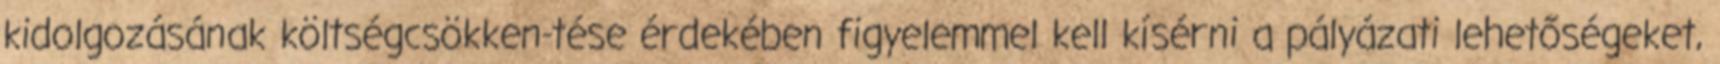
kidolgozásának költségcsökken-tése érdekében figyelemmel kell kísérni a pályázati lehetőségeket,